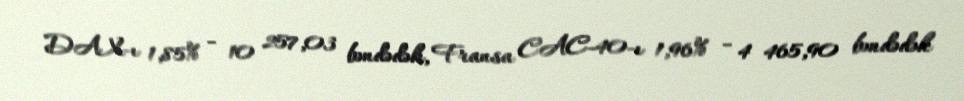
DAX-ı 1,85% - 10 257,03 bəndədək, Fransa CAC-40-ı 1,96% - 4 465,90 bəndədək